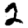
Digit: 2